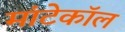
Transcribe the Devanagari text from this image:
मांटेकॉल